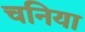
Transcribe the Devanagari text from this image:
चनिया